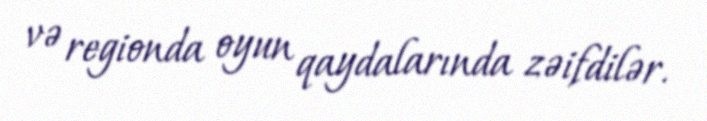
və regionda oyun qaydalarında zəifdilər.